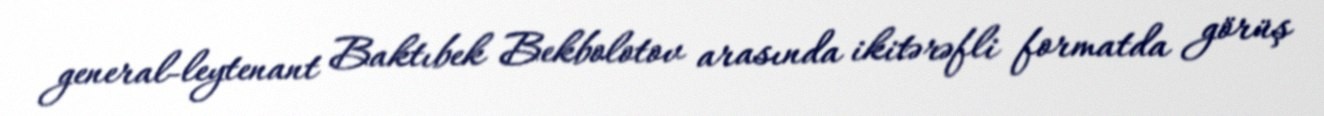
general-leytenant Baktıbek Bekbolotov arasında ikitərəfli formatda görüş